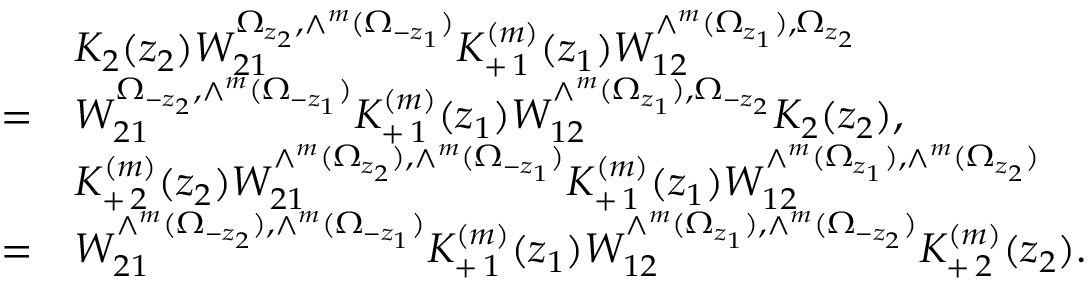
\begin{array} { c l } { { } } & { { K _ { 2 } ( z _ { 2 } ) W _ { 2 1 } ^ { \Omega _ { z _ { 2 } } , \wedge ^ { m } ( \Omega _ { - z _ { 1 } } ) } K _ { + \, 1 } ^ { ( m ) } ( z _ { 1 } ) W _ { 1 2 } ^ { \wedge ^ { m } ( \Omega _ { z _ { 1 } } ) , \Omega _ { z _ { 2 } } } } } \\ { { = } } & { { W _ { 2 1 } ^ { \Omega _ { - z _ { 2 } } , \wedge ^ { m } ( \Omega _ { - z _ { 1 } } ) } K _ { + \, 1 } ^ { ( m ) } ( z _ { 1 } ) W _ { 1 2 } ^ { \wedge ^ { m } ( \Omega _ { z _ { 1 } } ) , \Omega _ { - z _ { 2 } } } K _ { 2 } ( z _ { 2 } ) , } } \\ { { } } & { { K _ { + \, 2 } ^ { ( m ) } ( z _ { 2 } ) W _ { 2 1 } ^ { \wedge ^ { m } ( \Omega _ { z _ { 2 } } ) , \wedge ^ { m } ( \Omega _ { - z _ { 1 } } ) } K _ { + \, 1 } ^ { ( m ) } ( z _ { 1 } ) W _ { 1 2 } ^ { \wedge ^ { m } ( \Omega _ { z _ { 1 } } ) , \wedge ^ { m } ( \Omega _ { z _ { 2 } } ) } } } \\ { { = } } & { { W _ { 2 1 } ^ { \wedge ^ { m } ( \Omega _ { - z _ { 2 } } ) , \wedge ^ { m } ( \Omega _ { - z _ { 1 } } ) } K _ { + \, 1 } ^ { ( m ) } ( z _ { 1 } ) W _ { 1 2 } ^ { \wedge ^ { m } ( \Omega _ { z _ { 1 } } ) , \wedge ^ { m } ( \Omega _ { - z _ { 2 } } ) } K _ { + \, 2 } ^ { ( m ) } ( z _ { 2 } ) . } } \end{array}